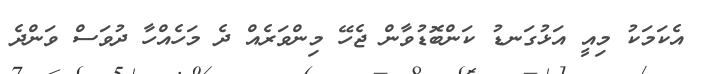
އެކަމަކު މިއީ އަޅުގަނޑު ކަންބޮޑުވާން ޖެހޭ މިންވަރެއް ދެ މަހެއްހާ ދުވަސް ވަންދެ